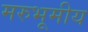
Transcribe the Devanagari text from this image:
मरुभूमीय